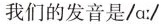
我们的发音是/a:/